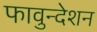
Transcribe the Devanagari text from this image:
फावुन्देशन